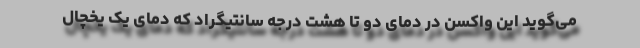
می‌گوید این واکسن در دمای دو تا هشت درجه سانتیگراد که دمای یک یخچال